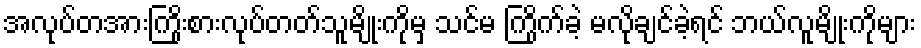
အလုပ်တအားကြိုးစားလုပ်တတ်သူမျိုးကိုမှ သင်မ ကြိုက်ခဲ့ မလိုချင်ခဲ့ရင် ဘယ်လူမျိုးကိုများ